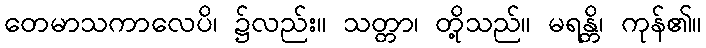
တေမာသကာလေပိ၊ ၌လည်း။ သတ္တာ၊ တို့သည်။ မရန္တိ၊ ကုန်၏။